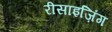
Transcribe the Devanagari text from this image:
रीसाइज़िंग